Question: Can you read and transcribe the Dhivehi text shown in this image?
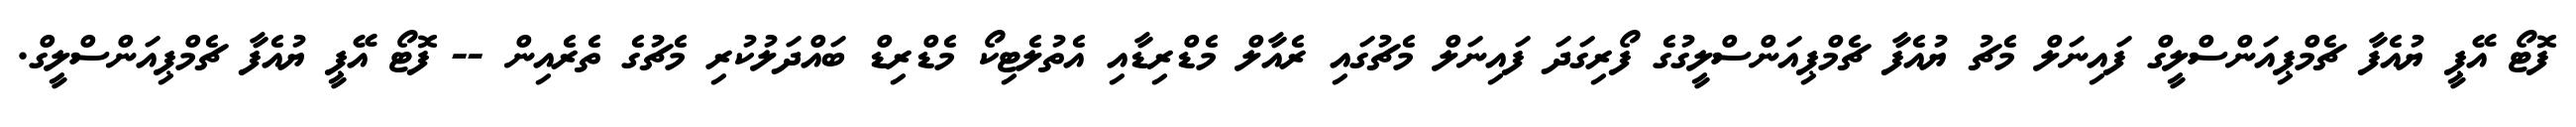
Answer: ފޮޓޯ އޭޕީ ޔުއެފާ ޗެމްޕިއަންސްލީގް ފައިނަލް މެޗު ޔުއެފާ ޗެމްޕިއަންސްލީގުގެ ފޯރިގަދަ ފައިނަލް މެޗުގައި ރެއާލް މެޑްރިޑާއި އެތުލެޓިކޯ މެޑްރިޑް ބައްދަލުކުރި މެޗުގެ ތެރެއިން -- ފޮޓޯ އޭޕީ ޔުއެފާ ޗެމްޕިއަންސްލީގް.